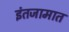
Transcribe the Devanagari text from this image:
इंतजामात